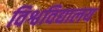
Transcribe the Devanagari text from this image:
विश्वविद्यालय